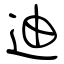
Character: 迪